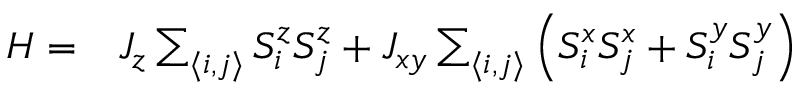
\begin{array} { r l } { H = } & { { } J _ { z } \sum _ { \langle i , j \rangle } S _ { i } ^ { z } S _ { j } ^ { z } + J _ { x y } \sum _ { \langle i , j \rangle } \left( S _ { i } ^ { x } S _ { j } ^ { x } + S _ { i } ^ { y } S _ { j } ^ { y } \right) } \end{array}